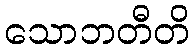
သောဘတီတိ